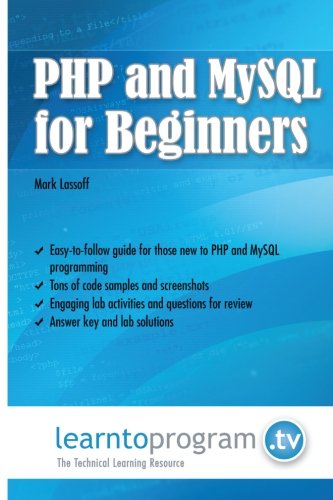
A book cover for PHP and MySQL for Beginners; Mark A Lassoff; Computers & Technology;